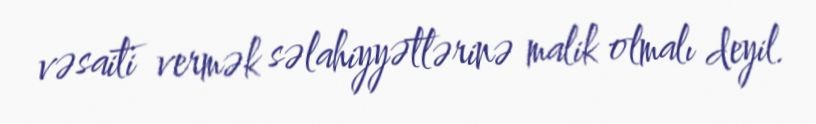
vəsaiti vermək səlahiyyətlərinə malik olmalı deyil.